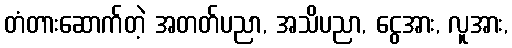
တံတားဆောက်တဲ့ အတတ်ပညာ, အသိပညာ, ငွေအား, လူအား,